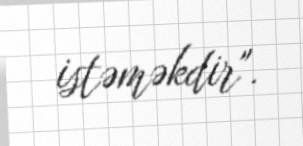
istəməkdir".